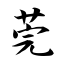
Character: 莞